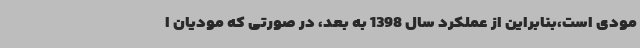
مودی است،بنابراین از عملکرد سال 1398 به بعد، در صورتی که مودیان ا